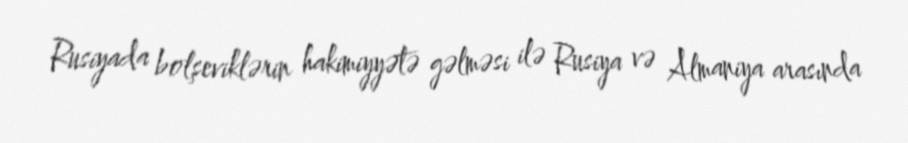
Rusiyada bolşeviklərin hakimiyyətə gəlməsi ilə Rusiya və Almaniya arasında